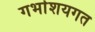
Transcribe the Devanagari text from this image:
गर्भाशयगत